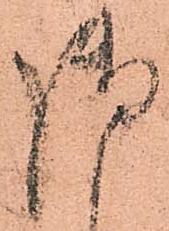
御